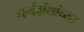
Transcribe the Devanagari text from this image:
धर्मग्रंथांच्या